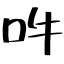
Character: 吽